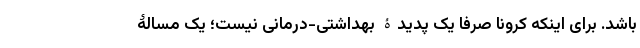
باشد. برای اینکه کرونا صرفا یک پدیدۀ بهداشتی-درمانی نیست؛ یک مسالۀ